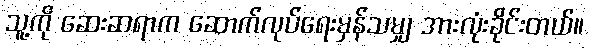
သူ့ကို ဆေးဆရာက ဆောက်လုပ်ရေးမှန်သမျှ အားလုံးခိုင်းတယ်။